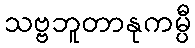
သဗ္ဗဘူတာနုကမ္ပီ